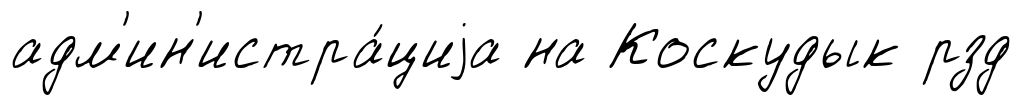
адм'ин'истра́циjа на Коскудык рзд